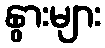
နွားများ